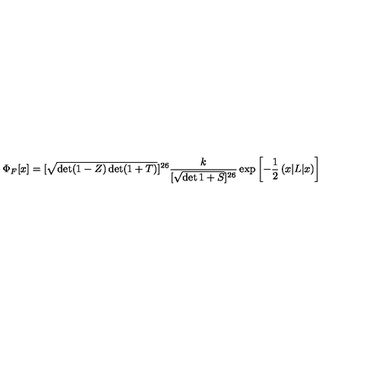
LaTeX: \Phi _ { F } [ x ] = [ \sqrt { \det ( 1 - Z ) \det ( 1 + T ) } ] ^ { 2 6 } \frac { k } { [ \sqrt { \det 1 + S } ] ^ { 2 6 } } \exp \left[ - \frac { 1 } { 2 } \left( x | L | x \right) \right]